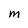
Character: M